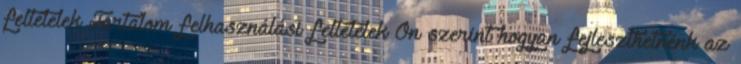
feltételek Tartalom felhasználási feltételek Ön szerint hogyan fejleszthetnénk az